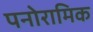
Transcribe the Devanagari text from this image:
पनोरामिक